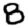
Digit: 8